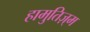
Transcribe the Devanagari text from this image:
हामुतिज़्म